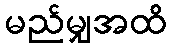
မည်မျှအထိ